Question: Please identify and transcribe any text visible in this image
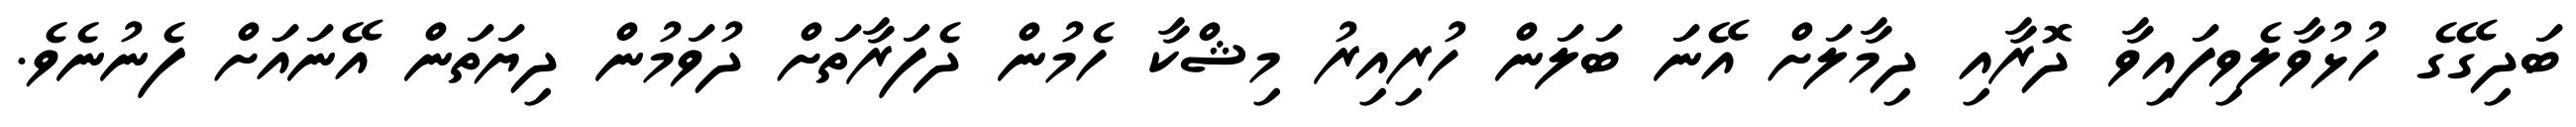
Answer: ބަދިގޭގެ ހުޅުވާލެވިފައިވާ ދޮރާއި ދިމާލަށް އޭނަ ބަލަން ހުރިއިރު މިޝްކާ ހެމުން ދެފަރާތަށް ދުވަމުން ދިޔަތަން އޭނައަށް ފެނުނެވެ.